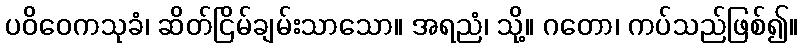
ပဝိဝေကသုခံ၊ ဆိတ်ငြိမ်ချမ်းသာသော။ အရညံ၊ သို့။ ဂတော၊ ကပ်သည်ဖြစ်၍။